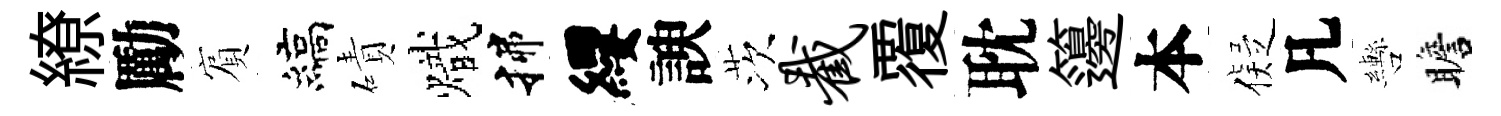
繚勵賔縞磧熾揲纓諛茨截覆耽籩本儗凡轡瞻